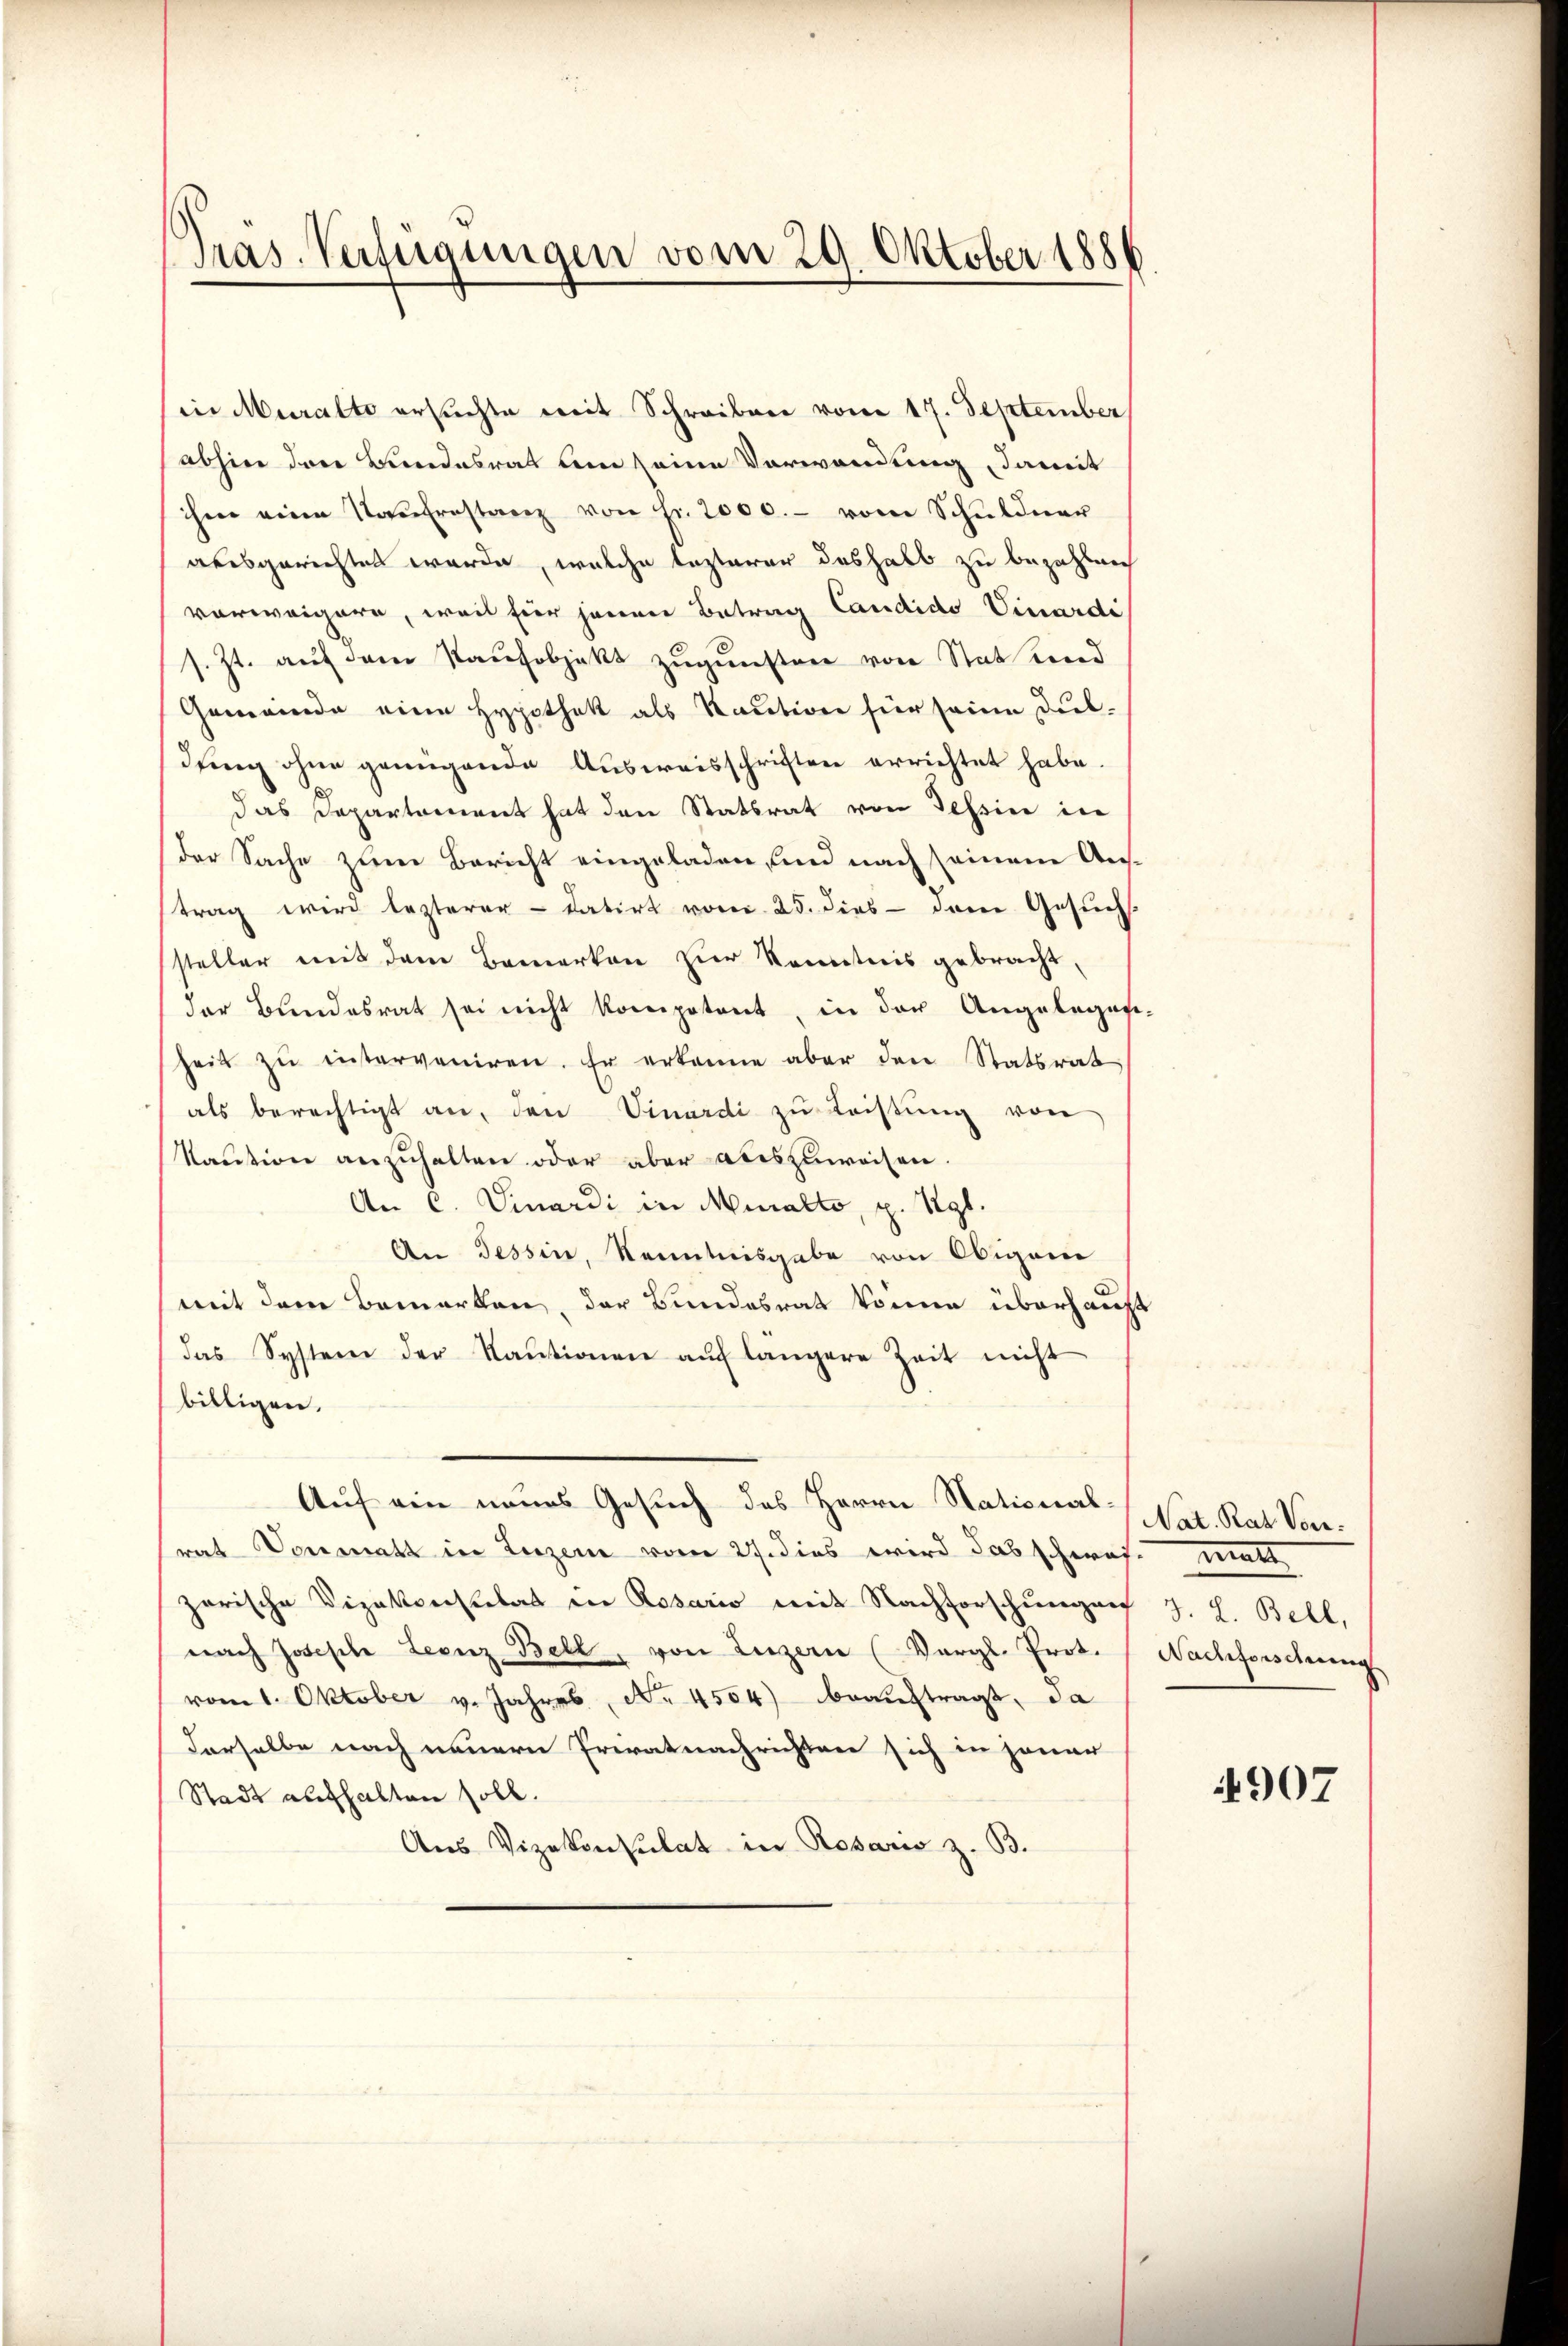
Pras. Verfügungen vom 29. Oktober 1886

in Muralto ersuchte mit Schreiben vom 17. September
abhin den Bundesrat bin seine Verwendung, damit
ihme eine Naŭfrestanz von Fr. 2000.- vom Schŭldner
abesgerichtet werde, welche lezterer deshalb zu bezahlen
vorweigere, weil für jenen Betrag Candido Vinardi
s. Zt. auf dem Raufobjekt zugunster von Statt und
Gemeinde eine Hypothek als Kaution für seine Duldung ohne genügende Ausweisschriften errichtet habe.
das Departement hat den Statsrat von Tessin in
der Sache zum Bericht eingeladen, sind nach seinem Austrag wird lezterer - datirt vom 25. dies - dem Gesuchs
steller mit dem Bemerken zur Kenntnis gebracht,
der Bundesrat sei nicht kompetent, in der Angelegen-
heit zŭ insterveniren. Er erkenne aber den Statsrat
als berechtigt an, den Vinardi zu Leistŭng von
Kaution anzuhalten oder aber auszuweisen.
An C. Vinardi in Muralto, p. Vgl.
An Tessin, Kenntnisgabe von Obigem
mit dem Bemerken, der Bundesrat kommen überhaupt
das System der Kaŭtionen aŭf längere Zeit nicht
billigen.
Auf ein neues Gesuch des Herrn National-Vat. Rat Vorrat Vormatt in Luzern vom 27. dies wird das schwas mitt
zerische Vizekonstitat in Rosario mit Nachforschungen J. L. Bett,
nach Joseph Leonz Bell, von Luzern (Vergl. Prot. Nachforschung
vom 1. Oktober v. Jahres, No. 4504) beauftragt, da
derselbe nach neuern Privatnachrichten sich in jener
Stadt aufhalten soll.
Aus Vizekonsulat in Rosaris z. B.

4907